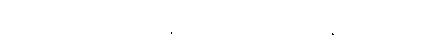
ဝဒါမိ၊ ဟောတော်မူ၏။ ဘိက္ခဝေ၊ ရဟန်းတို့။ အယံ၊